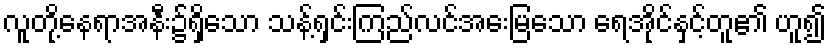
လူတို့နေရာအနီး၌ရှိသော သန့်ရှင်းကြည်လင်အေးမြသော ရေအိုင်နှင့်တူ၏ ဟူ၍